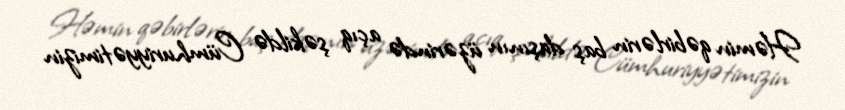
Həmin qəbirlərin baş daşının üzərində açıq şəkildə Cümhuriyyətimizin